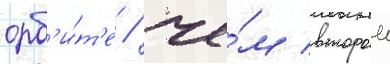
орб'и́т'е / че́м второи